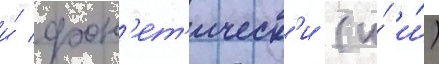
и́ фон'ет'ическ'и (и́ и́)